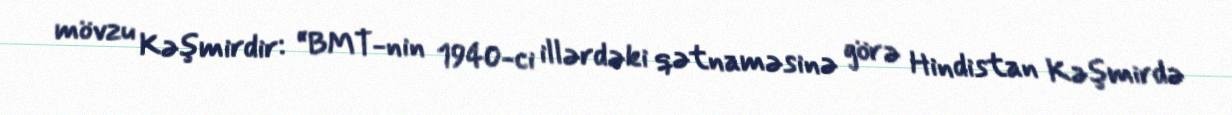
mövzu Kəşmirdir: “BMT-nin 1940-ci illərdəki qətnaməsinə görə Hindistan Kəşmirdə